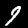
Label: 9